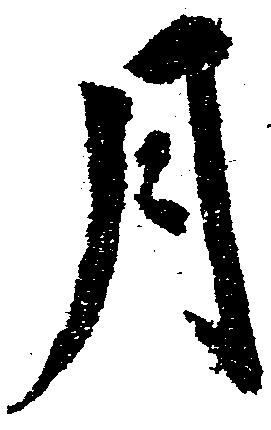
月